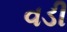
વડી